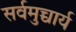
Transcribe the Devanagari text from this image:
सर्वमुच्चार्य